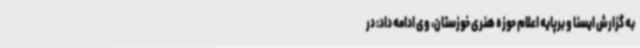
به گزارش ایسنا و برپایه اعلام حوزه هنری خوزستان، وی ادامه داد: در